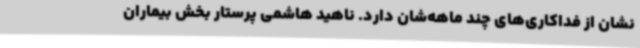
نشان از فداکاری‌های چند ماهه‌شان دارد. ناهید هاشمی پرستار بخش بیماران